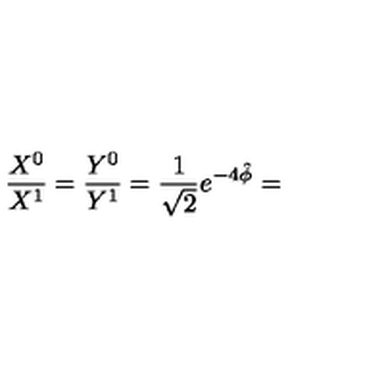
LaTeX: \frac { X ^ { 0 } } { X ^ { 1 } } = \frac { Y ^ { 0 } } { Y ^ { 1 } } = \frac { 1 } { \sqrt { 2 } } e ^ { - 4 \hat { \phi } } =